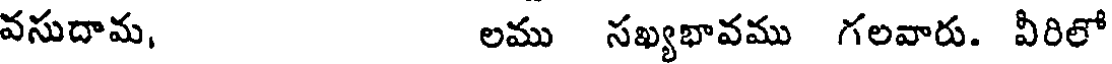
వసుదామ, లము సఖ్యభావము గలవారు. వీరిలో